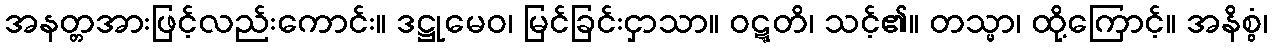
အနတ္တအားဖြင့်လည်းကောင်း။ ဒဋ္ဌုမေဝ၊ မြင်ခြင်းငှာသာ။ ဝဋ္ဋတိ၊ သင့်၏။ တသ္မာ၊ ထို့ကြောင့်။ အနိစ္စံ၊